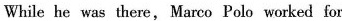
While he was there, Marco Polo worked for